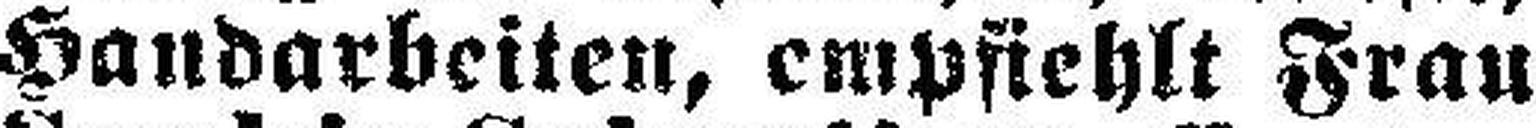
Handarbeiten, empfiehlt Frau